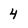
Character: 4